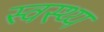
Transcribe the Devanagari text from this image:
स्‍वस्‍थ्‍य